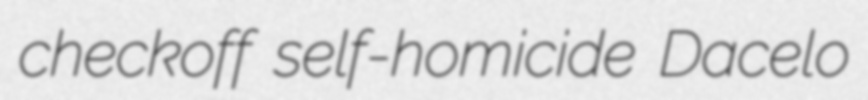
checkoff self-homicide Dacelo